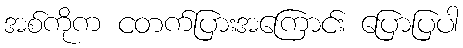
အစ်ကိုက ငတက်ပြားအကြောင်း ပြောပြပါ